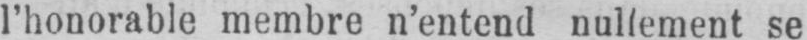
l’honorable membre n’entend nullement se